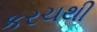
કરચથી